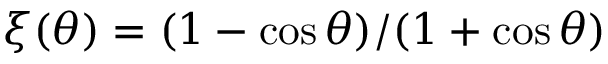
\xi ( \theta ) = ( 1 - \cos \theta ) / ( 1 + \cos \theta )